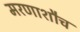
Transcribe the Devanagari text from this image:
मरणाशौच